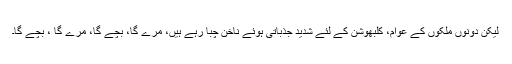
لیکن دونوں ملکوں کے عوام، کلبھوشن کے لئے شدید جذباتی ہوئے ناخن چبا رہے ہیں، مرے گا، بچے گا، مرے گا ، بچے گا۔